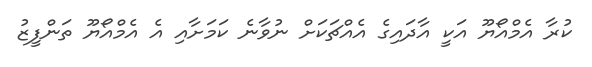
ކުރާ އެމްއޯޔޫ އަކީ އާދައިގެ އެއްޗަކަށް ނުވާނެ ކަމަށާއި އެ އެމްއޯޔޫ ތަންފީޒު